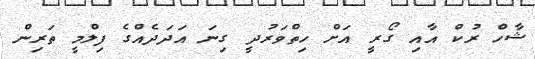
ޝާހް ރުކް އާއި ގޯރީ އަށް ހިތްވަރުދީ ގިނަ އަދަދެއްގެ ފިލްމީ ތަރިން